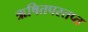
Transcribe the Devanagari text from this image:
ऋषितपस्तप्त